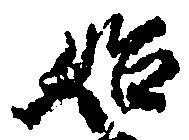
始